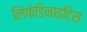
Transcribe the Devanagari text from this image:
लिंफेडिनाइटिस